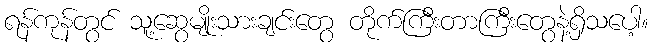
ရန်ကုန်တွင် သူ့ဆွေမျိုးသားချင်းတွေ တိုက်ကြီးတာကြီးတွေနဲ့ရှိသပေါ့။